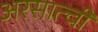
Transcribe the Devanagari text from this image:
अरसात्ची